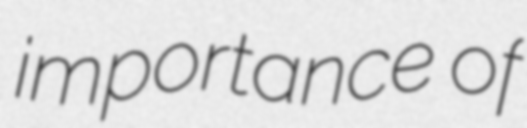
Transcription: importance of